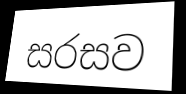
සරසව